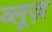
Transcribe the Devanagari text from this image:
व्लूज़